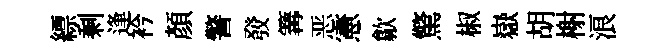
縹剩逢衿顔警𤼲篝恶憲歙驚椒嶽胡榭浪